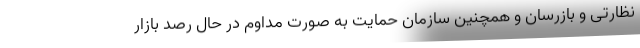
نظارتی و بازرسان و همچنین سازمان حمایت به صورت مداوم در حال رصد بازار